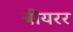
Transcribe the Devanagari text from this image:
बीयरर